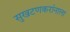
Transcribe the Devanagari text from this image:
सुखटणकरांनाला